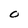
Character: O